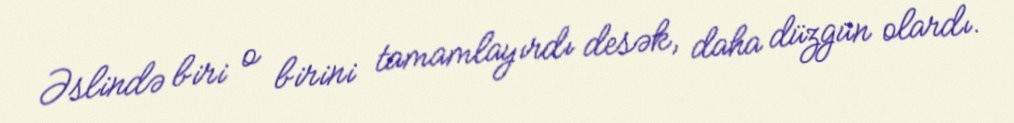
Əslində biri o birini tamamlayırdı desək, daha düzgün olardı.